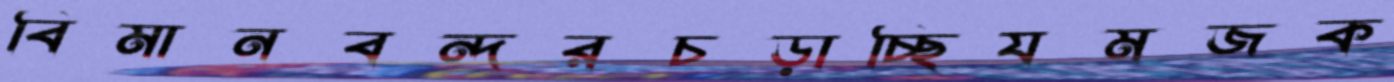
বিমানবন্দরচড়াচ্ছিযমজক